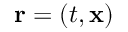
\mathbf { r } = \left( t , \mathbf { x } \right)